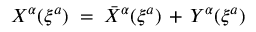
X ^ { \alpha } ( \xi ^ { a } ) \; = \; { \bar { X } } ^ { \alpha } ( \xi ^ { a } ) \, + \, Y ^ { \alpha } ( \xi ^ { a } )